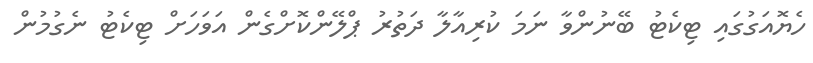
ހެޔޮއަގުގައި ޓިކެޓު ބޭނުންވާ ނަމަ ކުރިއާލާ ދަތުރު ޕްލޭންކޮށްގެން އަވަހަށް ޓިކެޓު ނެގުމުން